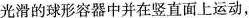
光滑的球形容器中并在竖直面上运动，